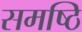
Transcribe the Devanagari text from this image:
समष्ठि